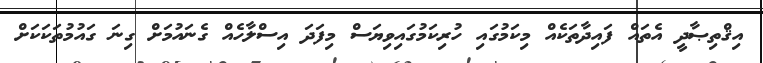
އިޤްތިޞާދީ އެތައް ފައިދާތަކެއް މިކަމުގައި ހުރިކަމުގައިވިޔަސް މިފަދަ އިސްލާހެއް ގެނައުމަށް ގިނަ ގައުމުތަކަކަށް